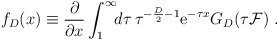
\begin{align*}f_{D}(x)\equiv{\partial\over\partial x}\int_{1}^{\infty}\!\!d\tau\,\tau^{-{D\over2}-1}{\mathrm e}^{-\tau x}G_{D}(\tau{\cal F})\ .\end{align*}